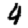
Digit: 4